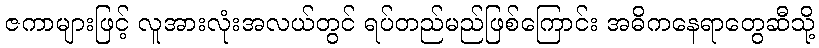
ဇကာများဖြင့် လူအားလုံးအလယ်တွင် ရပ်တည်မည်ဖြစ်ကြောင်း အဓိကနေရာတွေဆီသို့